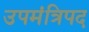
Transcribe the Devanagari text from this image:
उपमंत्रिपद